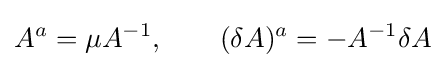
A^{a}=\mu A^{-1},\qquad (\delta A)^{a}=-A^{-1}\delta A